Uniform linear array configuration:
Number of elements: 4
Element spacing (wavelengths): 1
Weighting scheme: hamming
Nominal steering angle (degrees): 15
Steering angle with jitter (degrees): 15.046
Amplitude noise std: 0.05
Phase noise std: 0.05

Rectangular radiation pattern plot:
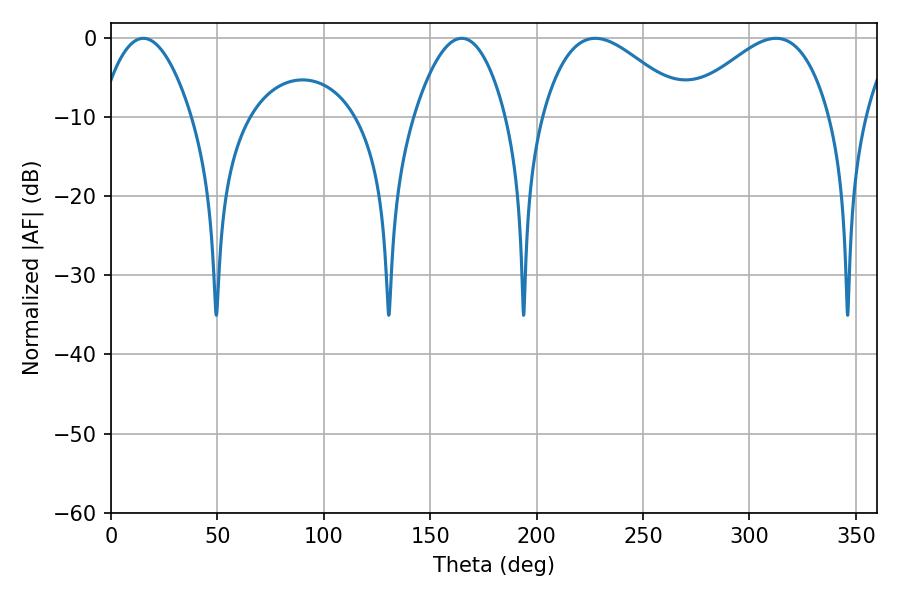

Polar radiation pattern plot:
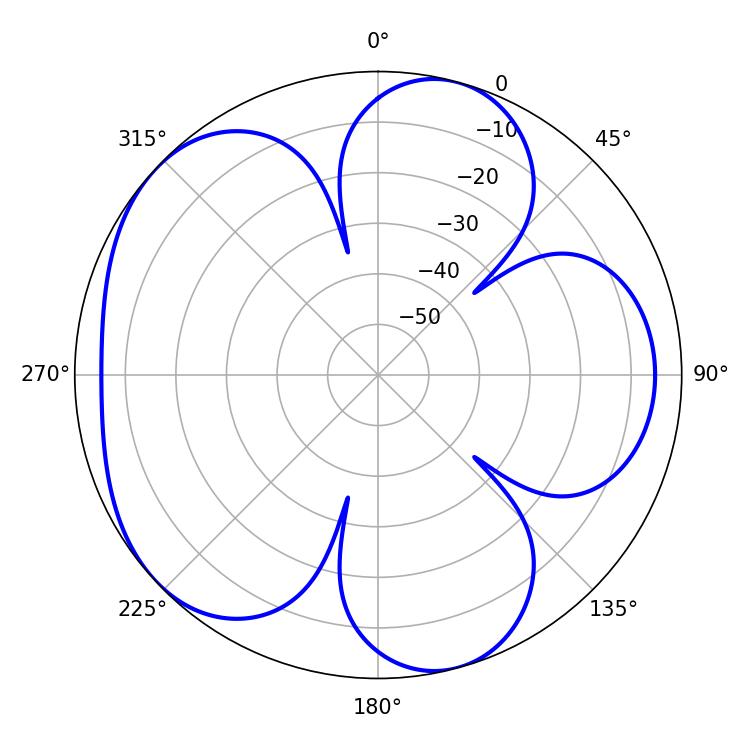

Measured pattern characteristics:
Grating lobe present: TRUE
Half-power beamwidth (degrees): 36.72
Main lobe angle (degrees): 227.52